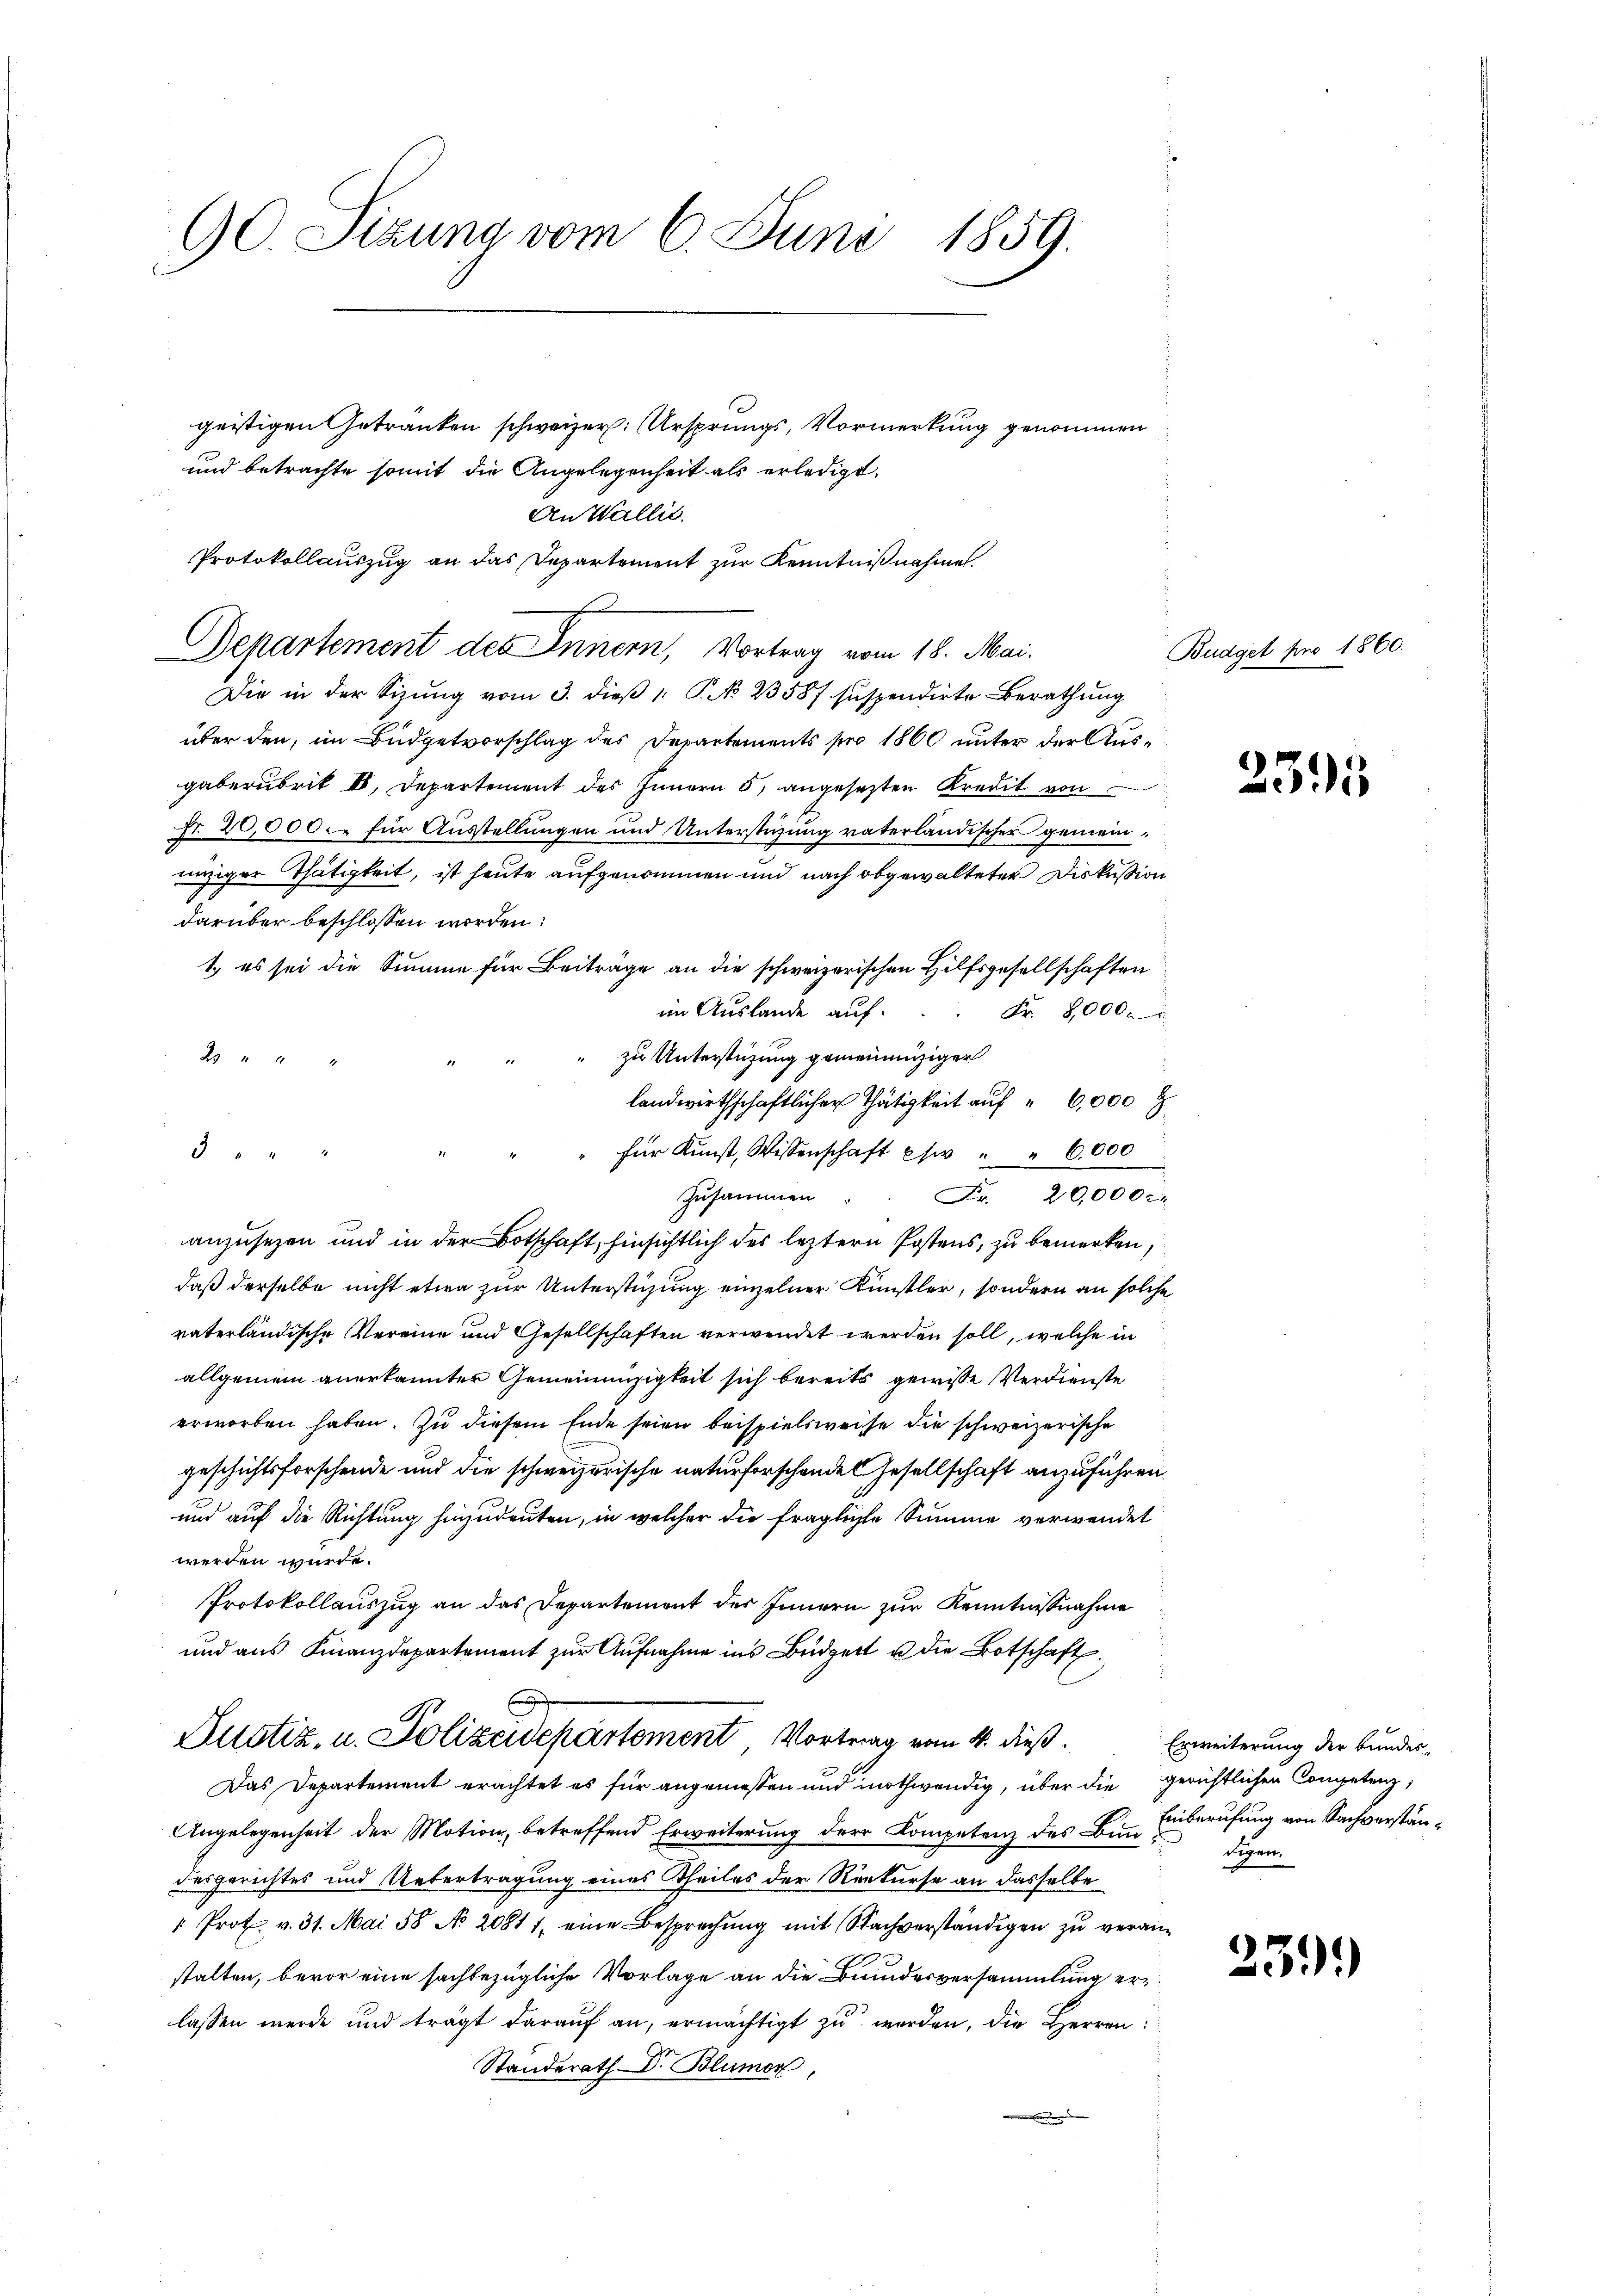
90. Sizung vom 6. Juni 1859.

geistigen Getranken schweizer. Ursprungs, Vormerkung genommen
und betrachte somit die Angelegenheit als erledigt.
An Wallit.
Protokollauszug an das Departement zur Kenntnißnahmen.
Departement des Innern, Vortrag vom 18. Mai.
Die in der Sizŭng vom 3. dieβ ". P. No. 23587 suspendirte Berathung
über den, im Büdgetvorschlag des Departements pro 1860 unter der Ausgäberubrit II. Departement des Innern 5, angesetzten Kredit von
fr. 20,000 fr für Ausstellungen und Unterstüzung vaterländischer gemeininziger Thätigkeit, ist heute aufgenommen und nach obgewalteter Diskussion
darüber beschlossen worden:
1.) es sei die Summe für Beiträge an die schweizerischen Hilfsgesellschaften
im Auslande auf
Fr. 8000.
zu Unterstüzung gemeinenziger
8
landwirthschaftlicher Thätigkeit auf " 6,000 F
 4 x
" für Kunst, Wissenschaft es " " 6,000
Zusammen
Fr. 20,000
anzusetzen und in der Botschaft, hinsichtlich des leztern Postens, zu bemerken,
daß derselbe nicht etwa zur Unterstüzung einzelner Künstler, sondern an solche
vaterländische Vereine und Gesellschaften verwendet werden soll, welche in
allgemein anerkannter Gemeinnüzigkeit sich bereits gewisse Verdienste
erworben haben. Zu diesem Ende seien beispielsweise die schweizerische
geschichtsforschende und die schweizerische naturforschende Gesellschaft anzuführen
und auf die Richtung hinzudeuten, in welcher die fragliche Summe verwendet
werden würde.
Protokollauszug an das Departement des Innern zur Kenntnißnahme
und aus Finanzdepartement zur Aufnahme ins Büdget u die Botschaft.
Zustiz, u. Polizeidepartement Vortrag vom 4. dieß.
Das Departement erachtet es für angemessen und nothwendig, über die gerichtlichen Competenz,
Angelegenheit der Motion, betreffend Erweiterung der Kompetenz des Bin Einberufung von Sachverständesgerichtes und Uebertragung eines Theiles der Rekurse an dasselbe
" Prot. v. 31. Mai 18 No. 20811, eine Besprechung mit Nachverständigen zu veranstalten, bevor eine sachbezügliche Vorlage an die Bundesversammlung erlassen werde und trägt darauf an, ermächtigt zu werden, die Herren:
Ständerath Dr. Blümer,

Budget pro 1860.

2395

259.)

Erweiterung der Bundesdigen.